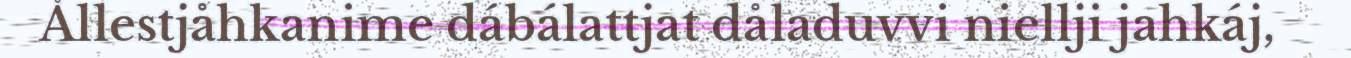
Ållestjåhkanime dábálattjat dåladuvvi niellji jahkáj,